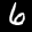
Label: 6